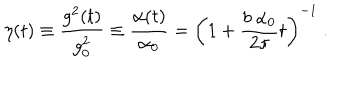
LaTeX: \eta ( t ) \equiv { \frac { g ^ { 2 } ( t ) } { g _ { 0 } ^ { 2 } } } \equiv { \frac { \alpha ( t ) } { \alpha _ { 0 } } } = \left( 1 + { \frac { b ~ \alpha _ { 0 } } { 2 \pi } } t \right) ^ { - 1 } ~ .